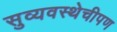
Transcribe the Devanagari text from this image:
सुव्यवस्थेचीपण